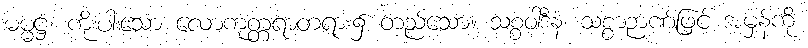
ဓမ္မဋ္ဌံ၊ ကိုးပါးသော လောကုတ္တရာတရား၌ တည်သော။ သစ္စဝါဒီနံ၊ သစ္စာဉာဏ်ဖြင့် အမှန်ကို